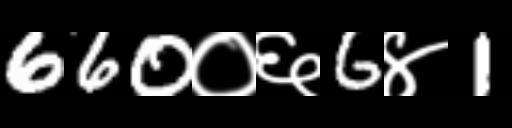
Text: 660०६6४1